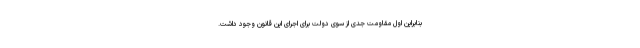
بنابراین اول مقاومت جدی از سوی دولت برای اجرای این قانون وجود داشت.